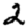
Digit: 2